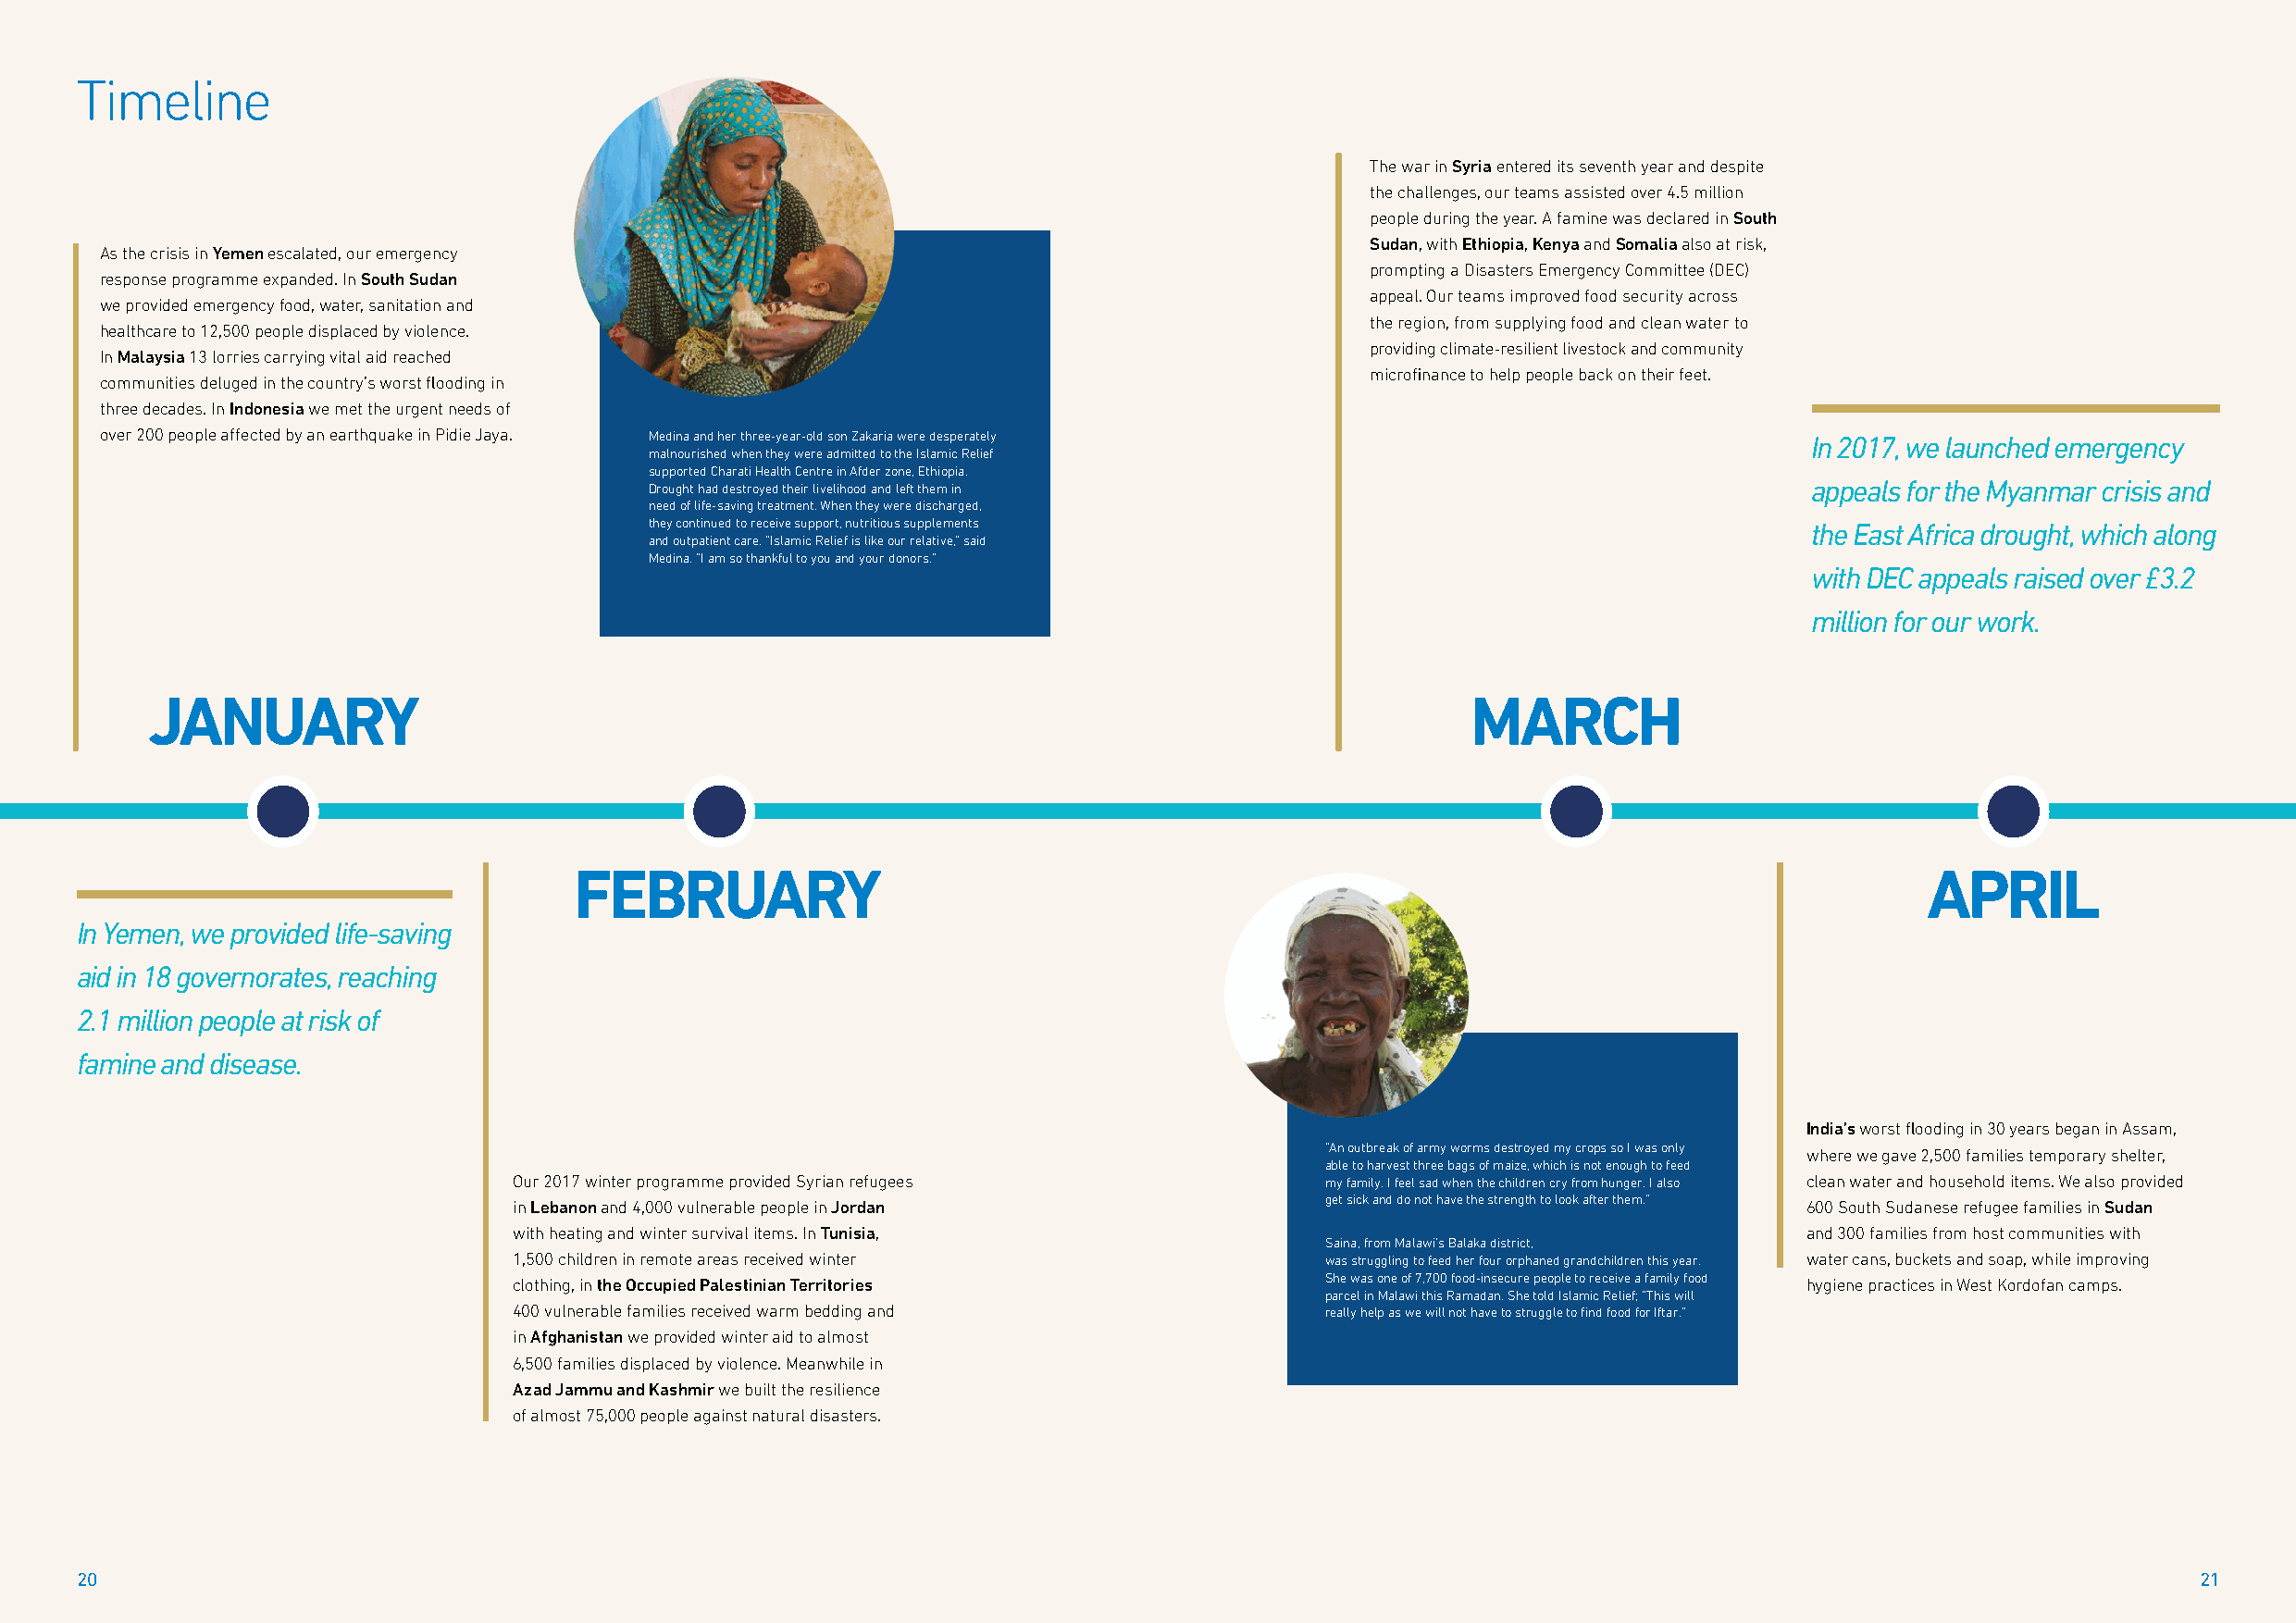
Timeline
 The war in Syria entered its seventh year and despite
 the challenges, our teams assisted over 4.5 million
 people during the year. A famine was declared in South
 Sudan, with Ethiopia, Kenya and Somalia also at risk,
 As the crisis in Yemen escalated, our emergency
 prompting a Disasters Emergency Committee (DEC)
 response programme expanded. In South Sudan
 appeal. Our teams improved food security across
 we provided emergency food, water, sanitation and
 the region, from supplying food and clean water to
 healthcare to 12,500 people displaced by violence.
 providing climate-resilient livestock and community
 In Malaysia 13 lorries carrying vital aid reached
 microfinance to help people back on their feet.
 communities deluged in the country’s worst flooding in
 three decades. In Indonesia we met the urgent needs of
 over 200 people affected by an earthquake in Pidie Jaya. Medina and her three-year-old son Zakaria were desperately        In 2017, we launched emergency
 malnourished when they were admitted to the Islamic Relief
 supported Charati Health Centre in Afder zone, Ethiopia.
 Drought had destroyed their livelihood and left them in                             appeals for the Myanmar crisis and
 need of life-saving treatment. When they were discharged,
 they continued to receive support, nutritious supplements                           the East Africa drought, which along
 and outpatient care. “Islamic Relief is like our relative,” said
 Medina. “I am so thankful to you and your donors.”
 with DEC appeals raised over £3.2
 million for our work.
 JANUARY                                                                                       MARCH
 FEBRUARY                                                                                         APRIL
 In Yemen, we provided life-saving
 aid in 18 governorates, reaching
 2.1 million people at risk of
 famine and disease.
 India’s worst flooding in 30 years began in Assam,
 “An outbreak of army worms destroyed my crops so I was only where we gave 2,500 families temporary shelter,
 able to harvest three bags of maize, which is not enough to feed
 Our 2017 winter programme provided Syrian refugees        my family. I feel sad when the children cry from hunger. I also clean water and household items. We also provided
 in Lebanon and 4,000 vulnerable people in Jordan          get sick and do not have the strength to look after them.” 600 South Sudanese refugee families in Sudan
 with heating and winter survival items. In Tunisia,                                         and 300 families from host communities with
 Saina, from Malawi’s Balaka district,
 1,500 children in remote areas received winter            was struggling to feed her four orphaned grandchildren this year. water cans, buckets and soap, while improving
 clothing, in the Occupied Palestinian Territories         She was one of 7,700 food-insecure people to receive a family food hygiene practices in West Kordofan camps.
 parcel in Malawi this Ramadan. She told Islamic Relief; “This will
 400 vulnerable families received warm bedding and         really help as we will not have to struggle to find food for Iftar.”
 in Afghanistan we provided winter aid to almost
 6,500 families displaced by violence. Meanwhile in
 Azad Jammu and Kashmir we built the resilience
 of almost 75,000 people against natural disasters.
 20                                                                                                                                                      21